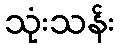
သုံးသန်း